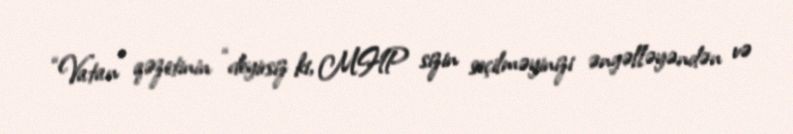
“Vatan” qəzetinin “deyirsiz ki, MHP sizin seçilməyinizi əngəlləyəndən və